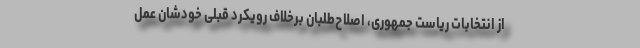
از انتخابات ریاست جمهوری، اصلاح‌طلبان برخلاف رویکرد قبلی خودشان عمل